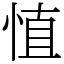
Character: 㥀